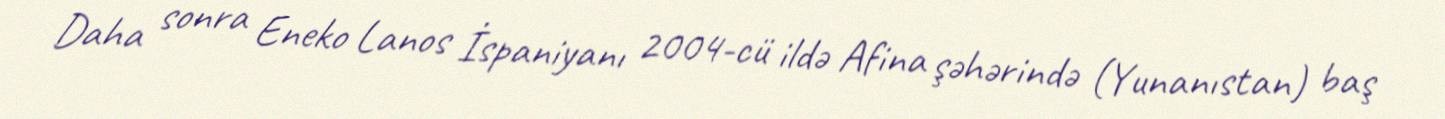
Daha sonra Eneko Lanos İspaniyanı 2004-cü ildə Afina şəhərində (Yunanıstan) baş